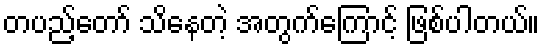
တပည့်တော် သိနေတဲ့ အတွက်ကြောင့် ဖြစ်ပါတယ်။